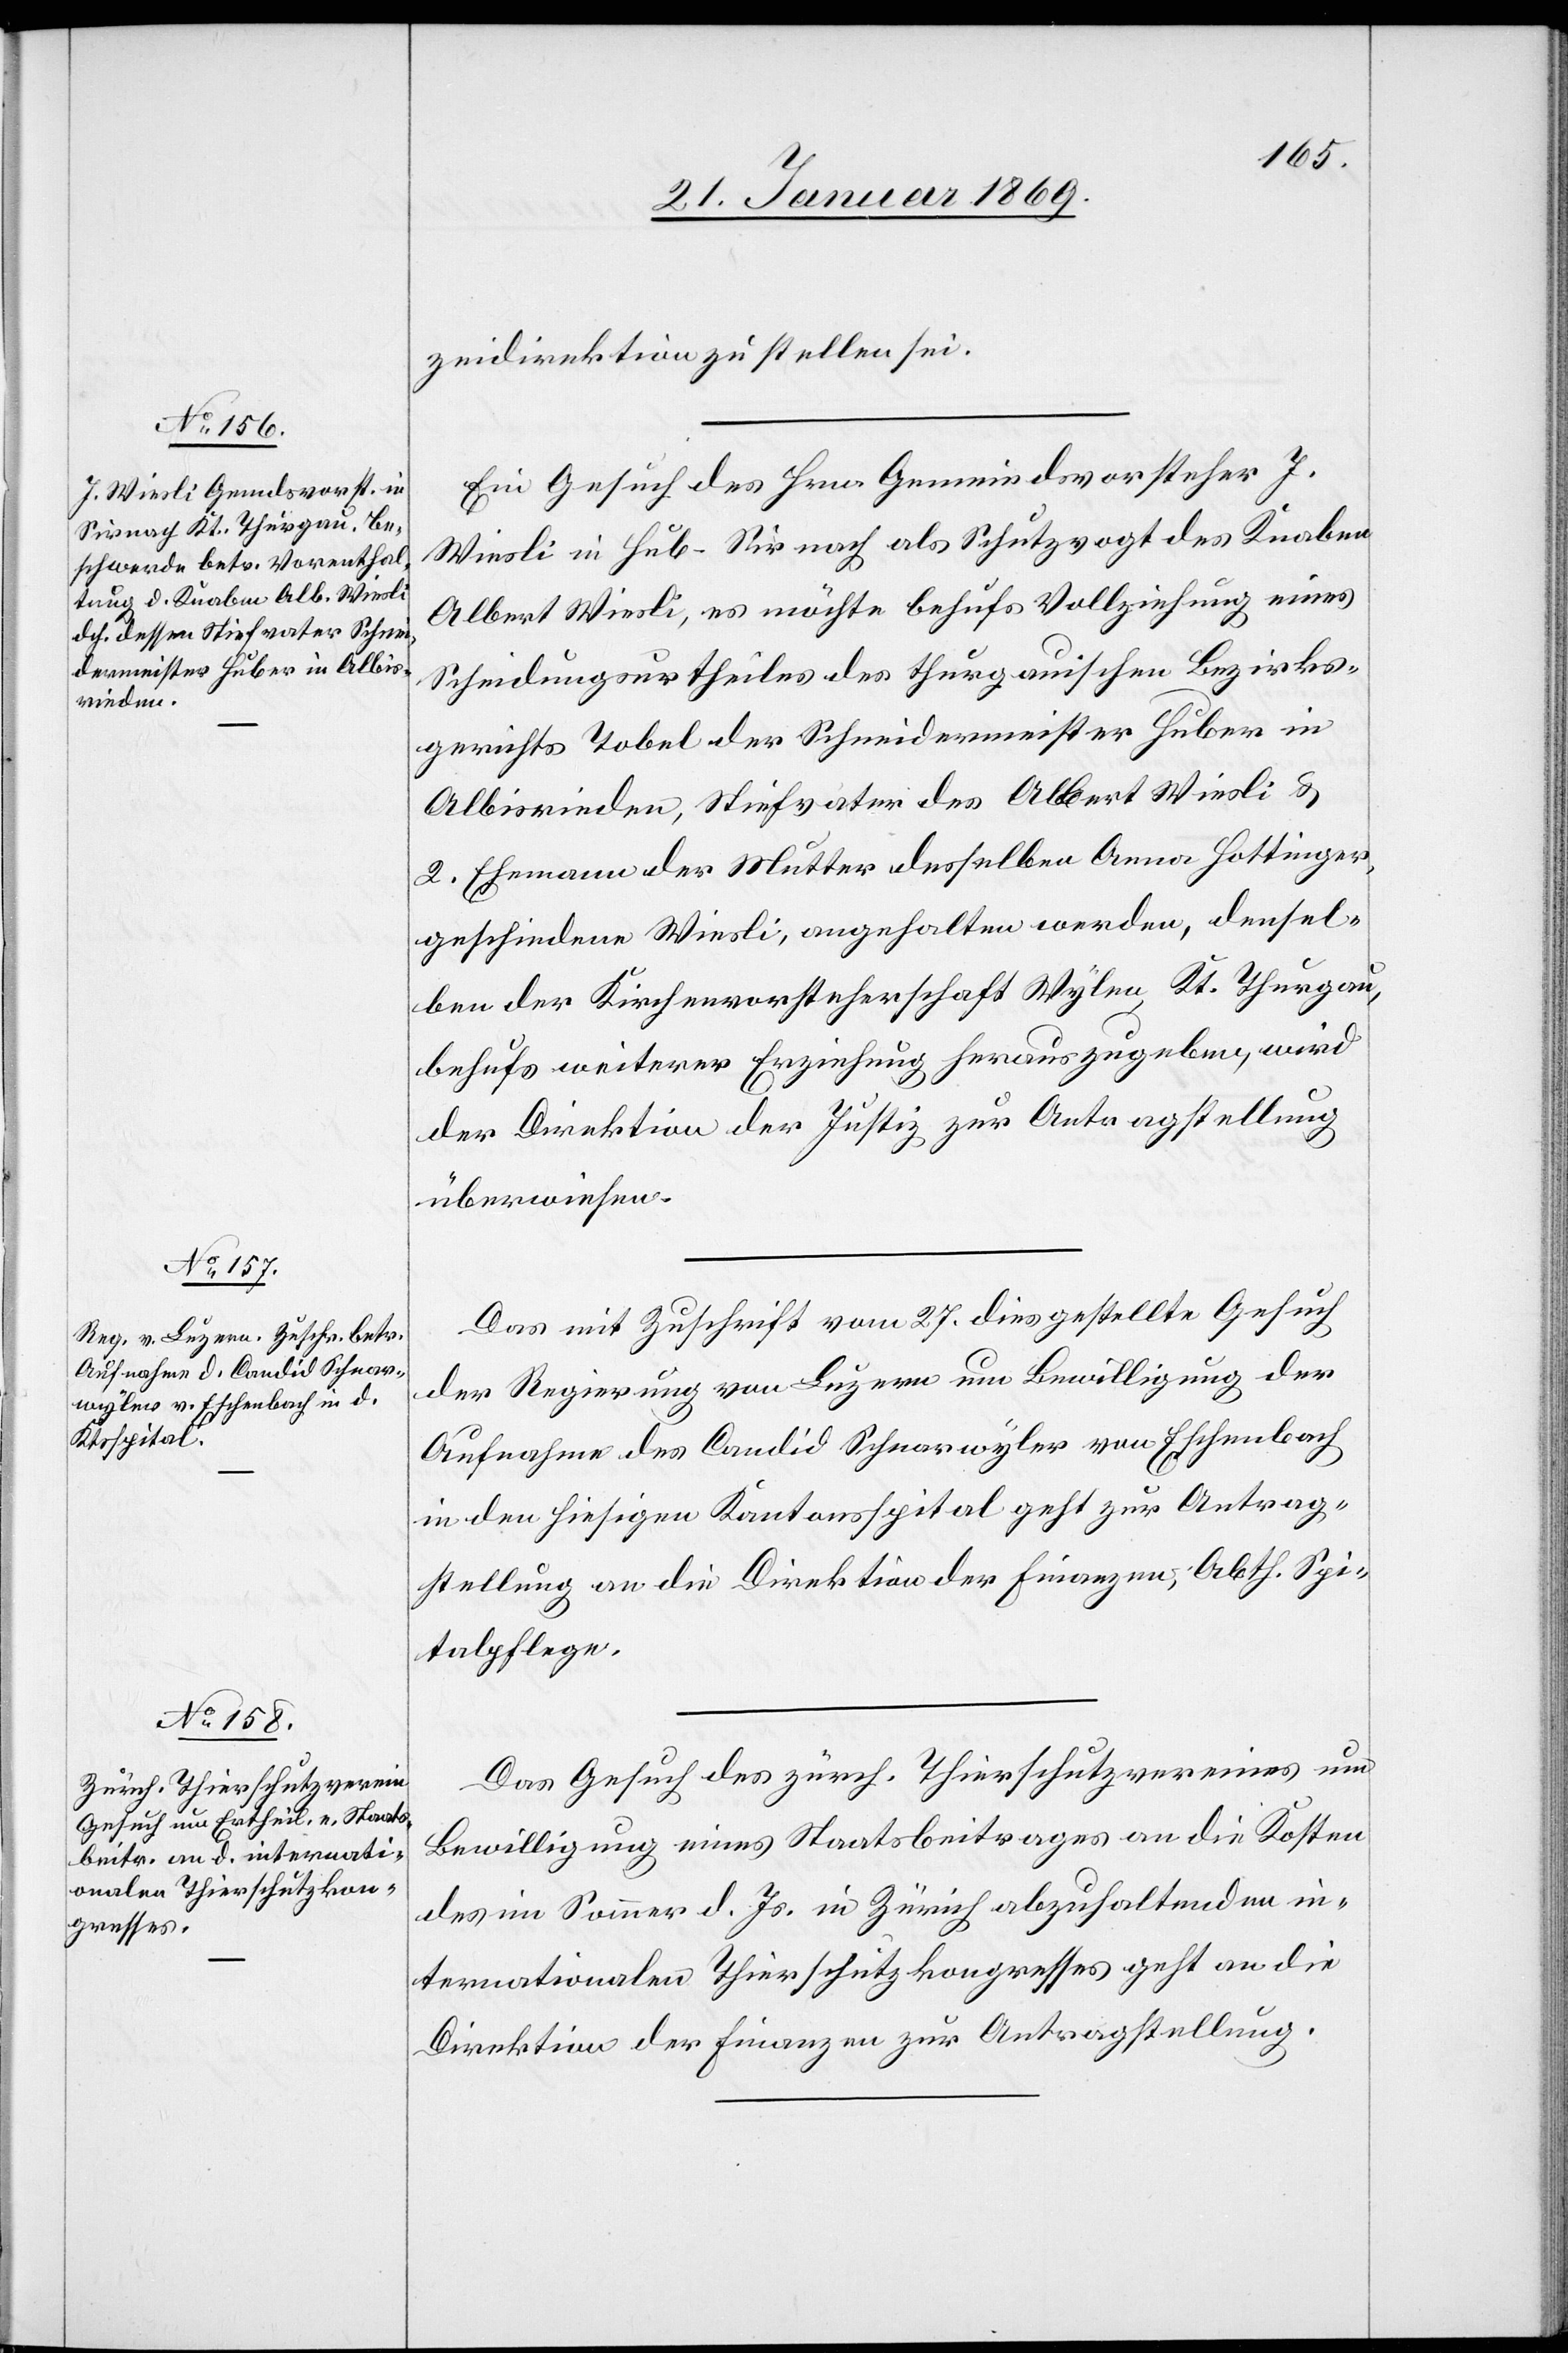
29. Januar 1869.]
zeidirektion zu stellen sei.
Ein Gesuch des Hrn. Gemeindsvorsteher J.
Wiesli in Hub - Sirnach als Schutzvogt des Knaben
Albert Wiesli, es möchte behufs Vollziehung eines
Scheidungsurtheils des thurgauischen Bezirks¬
gerichtes Tobel der Schneidermeister Huber in
Albisrieden, Stiefvater des Albert Wiesli &
2. Ehemann der Mutter desselben Anna Hottinger,
geschiedene Wiesli, angehalten werden, densel¬
ben der Kirchenvorsteherschaft Wylen, Kt. Thurgau,
behufs weiterer Erziehung herauszugeben, wird
der Direktion der Justiz zur Antragstellung
überwiesen.
Das mit Zuschrift vom 27. dies gestellte Gesuch
der Regierung von Luzern um Bewilligung der
Aufnahme des Candid Schnarwyler von Eschenbach
in den hiesigen Kantonsspital geht zur Antrag¬
stellung an die Direktion der Finanzen, Abth. Spi¬
talpflege.
Das Gesuch des zürch. Thierschutzvereines um
Bewilligung eines Staatsbeitrages an die Kosten
des im Sommer d. Js. in Zürich abzuhaltenden in¬
ternationalen Thierschutzkongresses geht an die
Direktion der Finanzen zur Antragstellung.